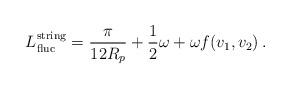
LaTeX: \begin{align*}L_{{\rm fluc}}^{{\rm string}} = \frac{\pi}{12R_p} + \frac{1}{2} \omega+ \omega f(v_1, v_2) \,.\end{align*}